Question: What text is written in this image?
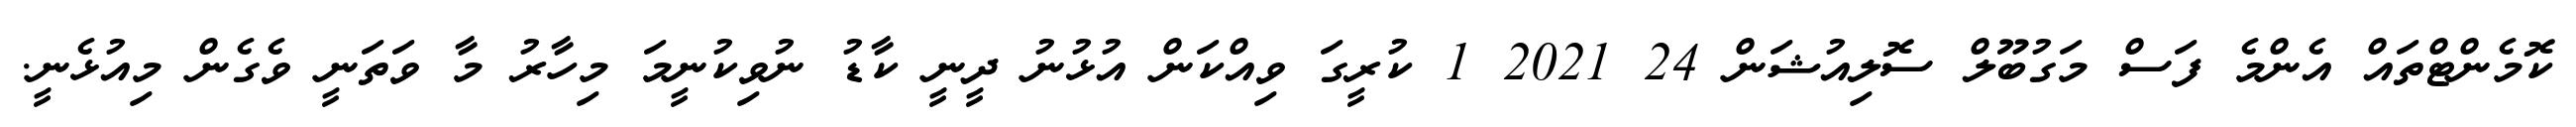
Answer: ކޮމެންޓްތައް އެންމެ ފަސް މަގުބޫލް ސޮލިއުޝަން 24 2021 1 ކުރީގަ ވިއްކަން އުޅުނު ދީނީ ކާޑު ނުވިކުނީމަ މިހާރު މާ ވަތަނީ ވެގެން މިއުޅެނީ.